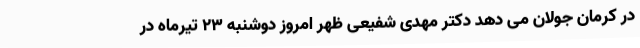
در کرمان جولان می دهد دکتر مهدی شفیعی ظهر امروز دوشنبه 23 تیرماه در